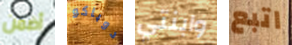
أضمن دوباكو وابنتي اتبع